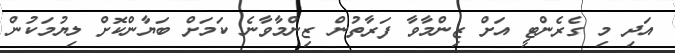
އަދި މި ގެރެންޓީ އަށް ޒިންމާވާ ފަރާތުން ޒިންމާވާނެ ކަމަށް ބަޔާންކޮށް ލިޔުމަކުން